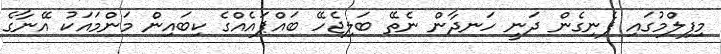
މިފިލްމުގައި ފެނިގެން ދަނީ ހަނދާން ނެތޭ ބަލިޖެހޭ ބައްޕައެއްގެ ކިބައިން މަންމައަކު އޭނާގެ